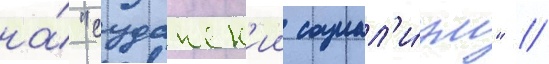
на́ "суданск'ии социал'и́зм" //